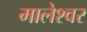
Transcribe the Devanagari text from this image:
मालेश्वर